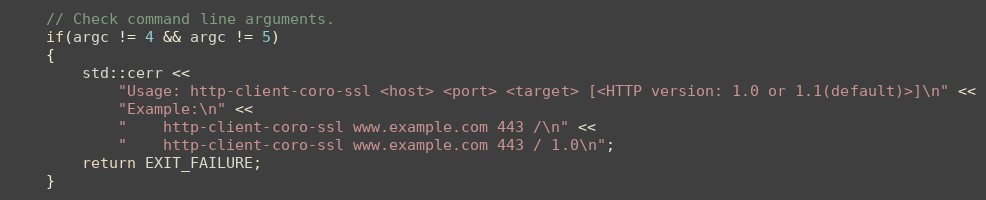
Language: C++
    // Check command line arguments.
    if(argc != 4 && argc != 5)
    {
        std::cerr <<
            "Usage: http-client-coro-ssl <host> <port> <target> [<HTTP version: 1.0 or 1.1(default)>]\n" <<
            "Example:\n" <<
            "    http-client-coro-ssl www.example.com 443 /\n" <<
            "    http-client-coro-ssl www.example.com 443 / 1.0\n";
        return EXIT_FAILURE;
    }